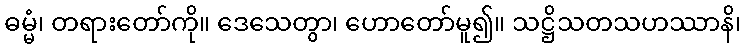
ဓမ္မံ၊ တရားတော်ကို။ ဒေသေတွာ၊ ဟောတော်မူ၍။ သဋ္ဌိသတသဟဿာနိ၊